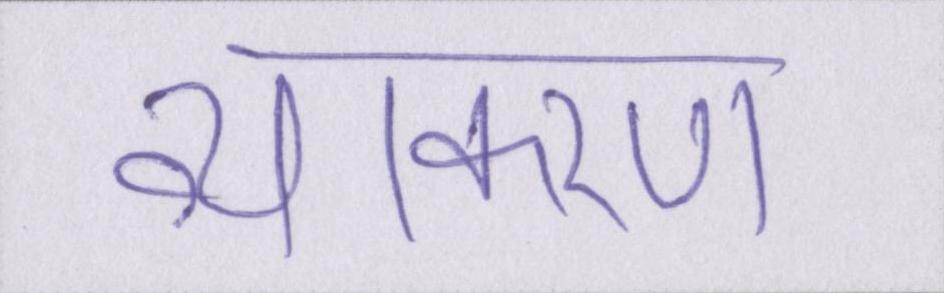
व्याकरण